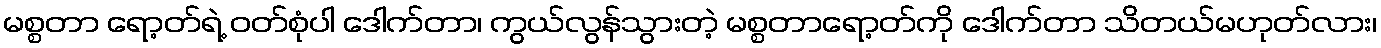
မစ္စတာ ရော့တ်ရဲ့ ဝတ်စုံပါ ဒေါက်တာ၊ ကွယ်လွန်သွားတဲ့ မစ္စတာရော့တ်ကို ဒေါက်တာ သိတယ်မဟုတ်လား၊